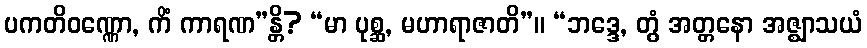
ပကတိဝဏ္ဏော, ကိံ ကာရဏ”န္တိ? “မာ ပုစ္ဆ, မဟာရာဇာတိ”။ “ဘဒ္ဒေ, တွံ အတ္တနော အဇ္ဈာသယံ